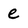
Character: e